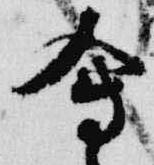
会